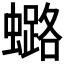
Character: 𧒌